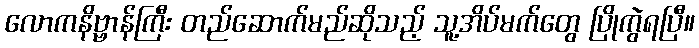
လောကနိဗ္ဗာန်ကြီး တည်ဆောက်မည်ဆိုသည့် သူ့အိပ်မက်တွေ ပြိုကွဲရပြီ။